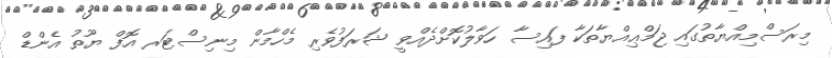
މިރަސްމިއްޔާތުގައި ޖަމްޢިއްޔާތަކާ ފައިސާ ހަވާލުކޮށްދެއްވީ ޝަރަފުވެރި މެހްމާން މިނިސްޓަރ އޮފް ޔޫތު އެންޑް